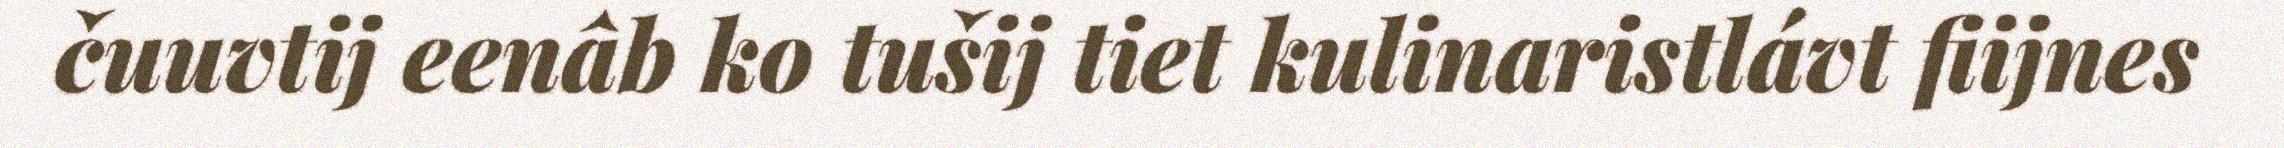
čuuvtij eenâb ko tušij tiet kulinaristlávt fiijnes